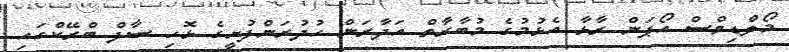
މޯލްޑިވްސް އޯޕަން ރާޅާ އެޅުމުގެ މުބާރާތް އަދާރަން ހުދުރަންފުށީގެ ޅޮހި ސާފް ބްރޭކްގައި